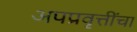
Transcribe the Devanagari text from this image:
अपप्रवृत्तींचा